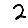
Digit: 2